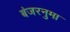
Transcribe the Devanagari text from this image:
बंजरनुमा